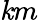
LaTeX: \mathit{k}m